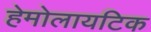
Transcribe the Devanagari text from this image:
हेमोलायटिक